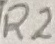
Text: R2